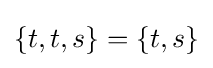
\{t,t,s\}=\{t,s\}